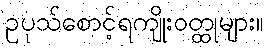
ဥပုသ်စောင့်ရကျိုးဝတ္ထုများ။